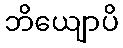
ဘိယျောပိ